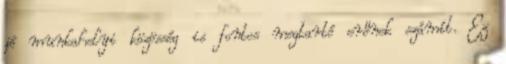
jó munkahelyi közösség is fontos megtartó erőnek számít. Ez